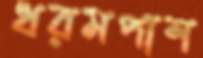
ধরমপাশ